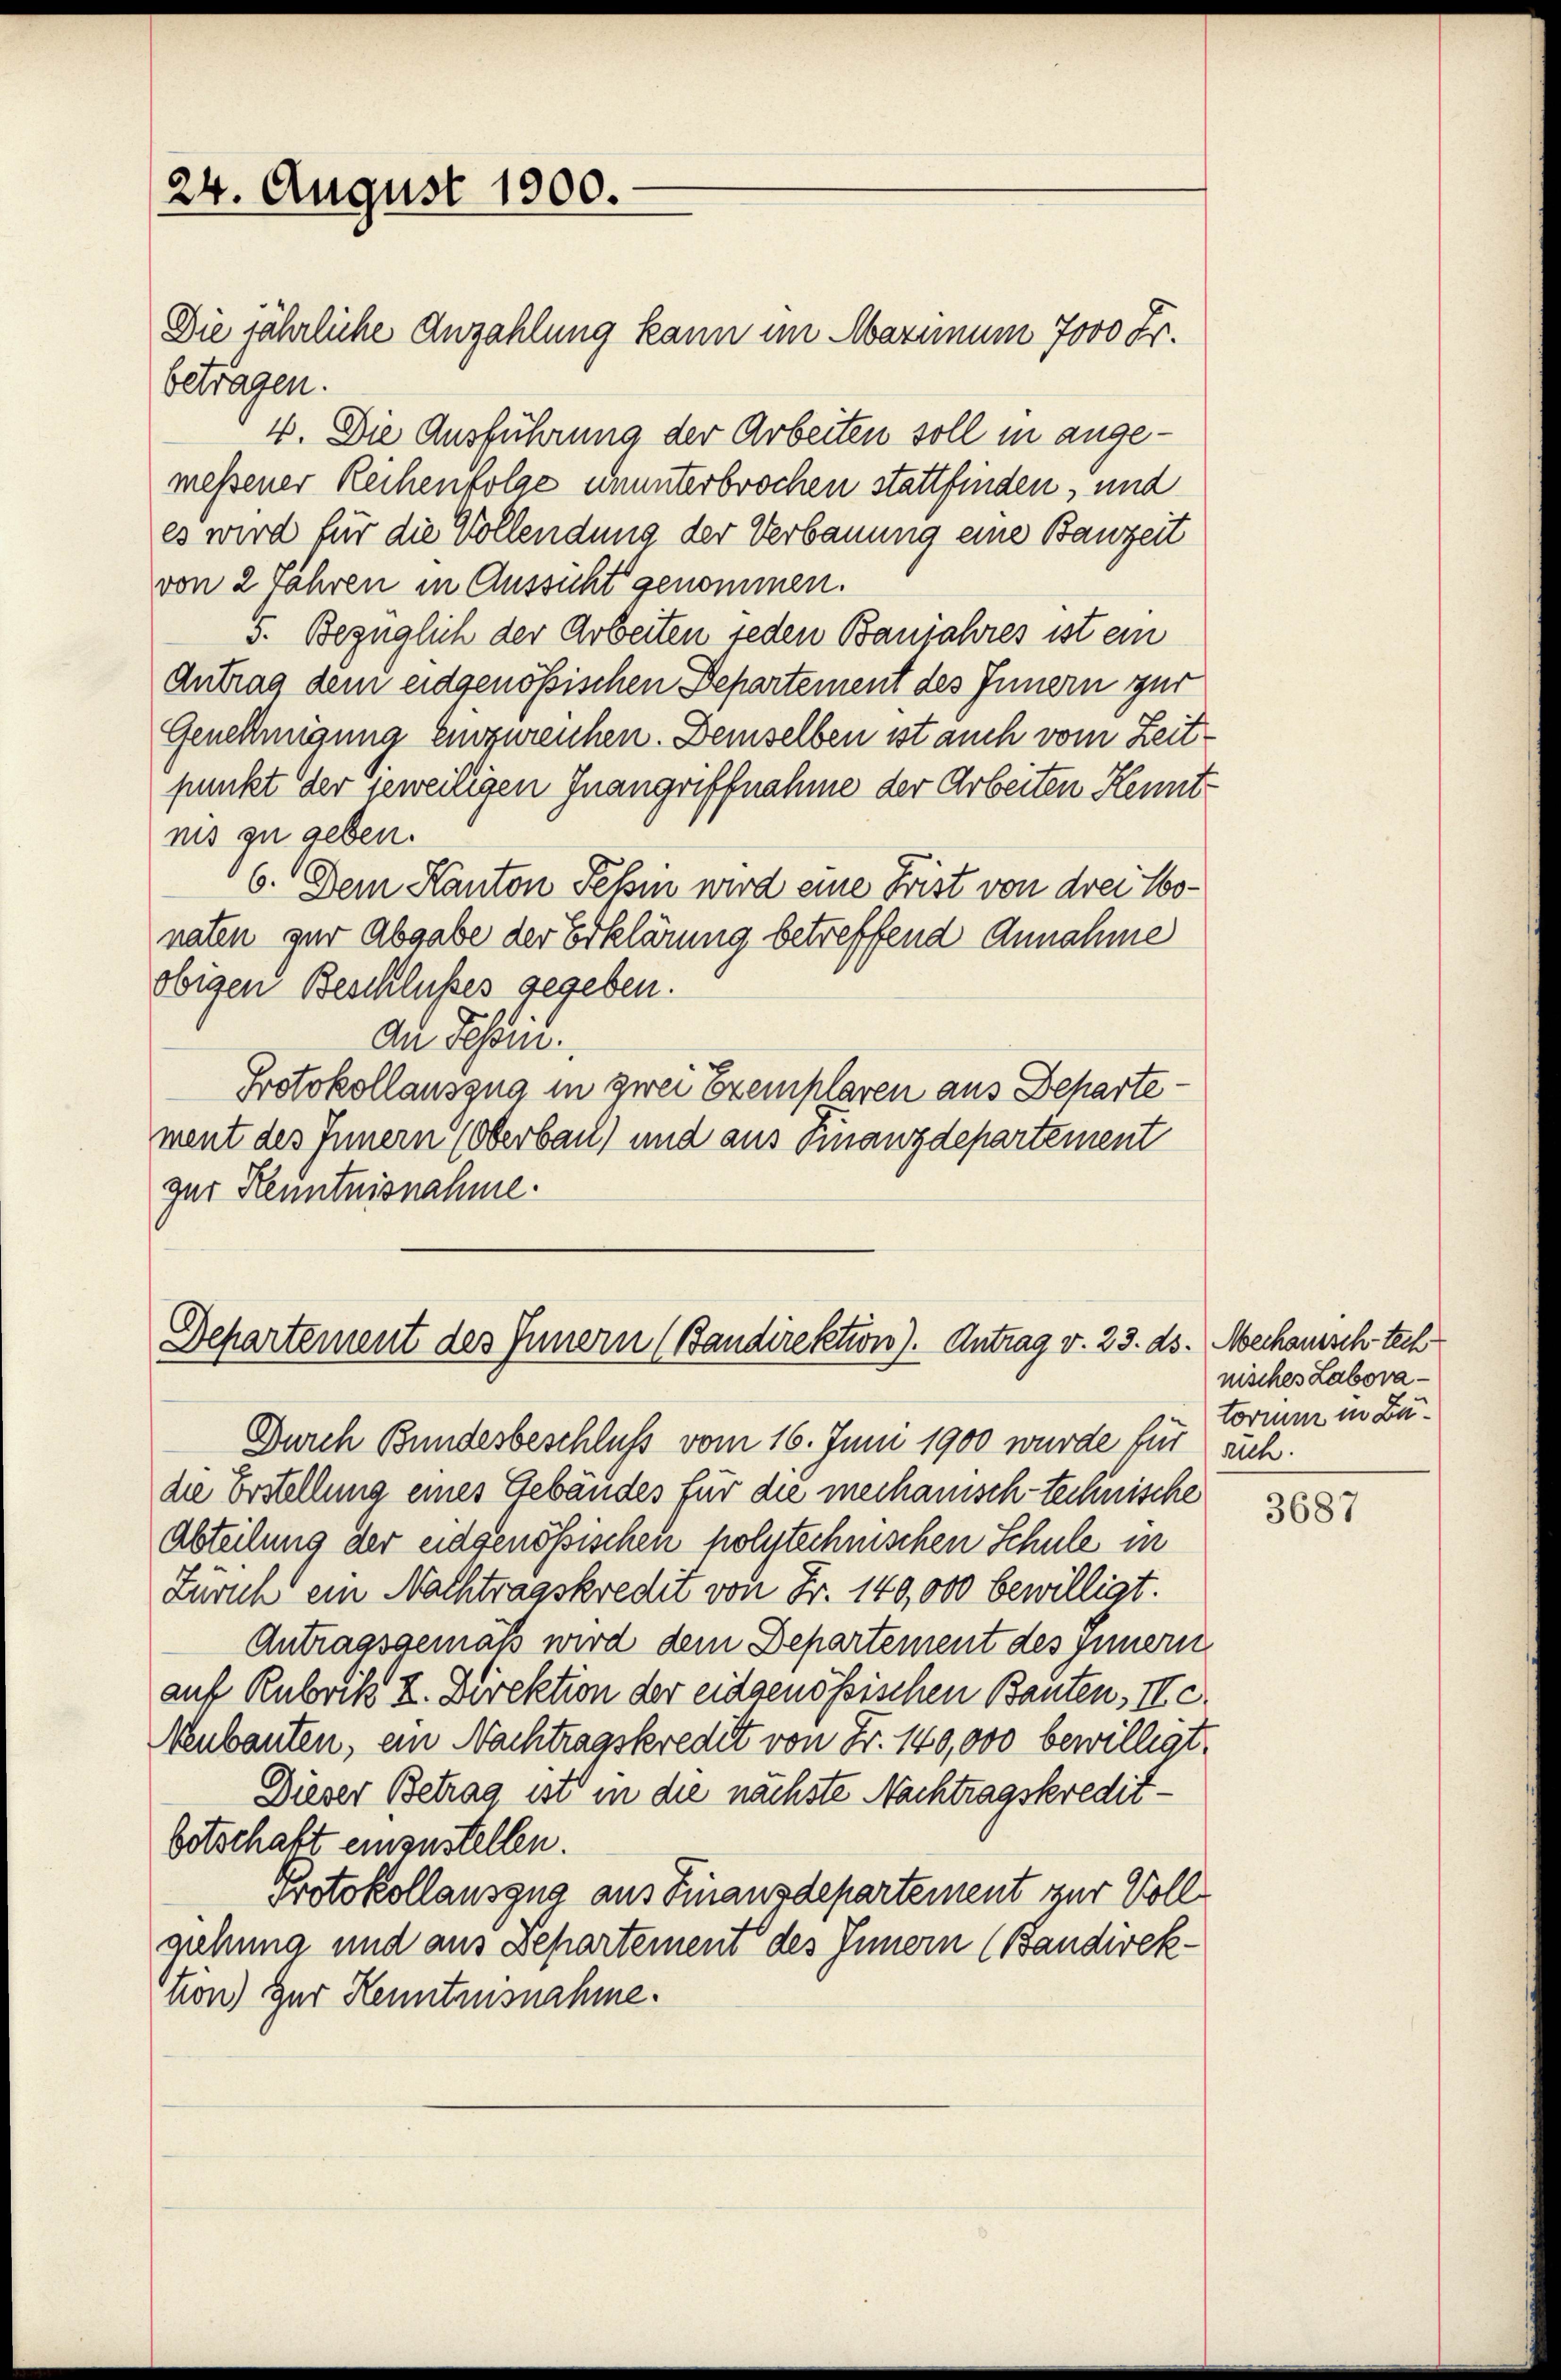
24. August 1800.

Die jährliche Anzahlung kann im Maximum 7000 Fr.
betragen.
4. Die Ausführung der Arbeiten soll in angemessener Reihenfolge ununterbrochen stattfinden, und
es wird für die Vollendung der Verbauung eine Bauzeit
von 2 Jahren in Aussicht genommen.
5. Bezüglich der Arbeiten jeden Banjahres ist ein
Antrag dem eidgenössischen Departement des Innern zur
Genehmigung einzureichen. Demselben ist auch vom Zeitpunkt der jeweiligen Inangriffnahme der Arbeiten Kenntnis zu geben.
6. Dem Kanton Fehin wird eine Frist von drei Mo-
naten zur Abgabe der Erklärung betreffend Annahme
obigen Beschlusses gegeben.
Du Schön.
Protokollauszug in zwei Exemplaren aus Departement des Innern (Oberbaul) und aus Finanzdepartement
zur Kenntnisnahme.

Departement des Innern (Bandirektion). Antrag v. 23. ds. Mechanisch tech

Durch Bundesbeschluß vom 16. Juni 1900 wurde für sich.
die Erstellung eines Gebäudes für die mechanisch-technische
Abteilung der eidgenössischen polytechnischen Schule in
Zürich ein Nachtragskredit von Fr. 140,000 bewilligt.
Antragsgemäß wird dem Departement des Innern
auf Rubrik I. Direktion der eidgenössischen Bauten, II c.
Neubauten, ein Nachtragskredit von Fr. 140,000 bewilligt
Dieser Betrag ist in die nächste Nachtragskredit-
botschaft einzustellen.
Protokollausgna aus Finanzdepartement zur Vollruhnna und aus Departement des Innern (Bandirektion) Zur Kenntnisnahme.

nisches Laboratorme in Bu¬

3687